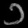
Digit: ၁